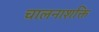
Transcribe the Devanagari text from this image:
चालनाशक्ति